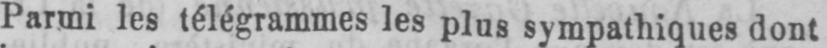
Parmi les télégrammes les plus sympathiques dont